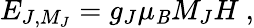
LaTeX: E_{J,M_{J}}=g_{J}\mu_{\mathit{B}}M_{J}H~,